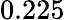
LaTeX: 0.225